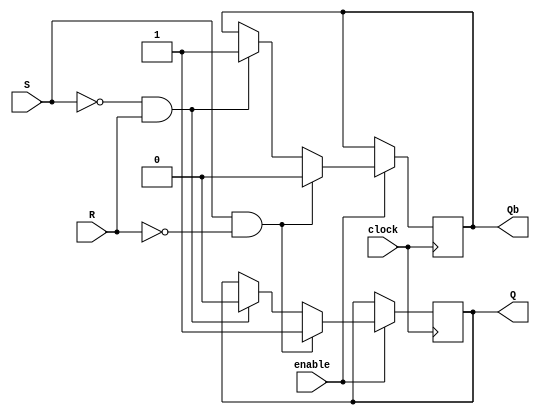
module gated_sr_ff (
    input S, // Set input
    input R, // Reset input
    input clock, // Clock input
    input enable, // Enable input
    output reg Q, // Output
    output reg Qb // Output (inverse)
);

always @(posedge clock) begin
    if(enable) begin
        if(S && !R) begin
            Q <= 1'b1;
            Qb <= 1'b0;
        end else if(!S && R) begin
            Q <= 1'b0;
            Qb <= 1'b1;
        end else if(S && R) begin
            Q <= Q;
            Qb <= Qb;
        end else begin
            Q <= Q;
            Qb <= Qb;
        end
    end
end

endmodule